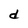
Character: d